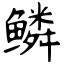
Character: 鳞